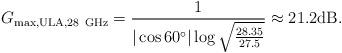
LaTeX: \begin{align*}\begin{aligned}G_{\rm max,ULA,28~GHz}= \frac{1}{|\cos 60^\circ |\log\sqrt{\frac{28.35}{27.5}}} \approx 21.2{\rm dB}. \end{aligned}\end{align*}